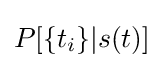
P[\{t_{i}\}|s(t)]